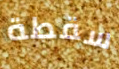
سقطة